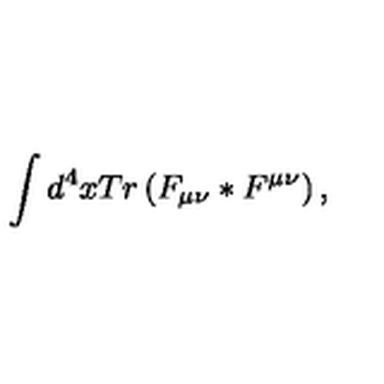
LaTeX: \int d ^ { 4 } x T r \left( F _ { \mu \nu } \ast F ^ { \mu \nu } \right) ,